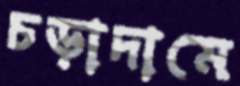
চড়াদামে